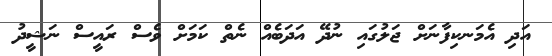
އަދި އެމަނކިފާނަށް ޖަލުގައި ނުދޭ އަދަބެއް ނެތް ކަމަށް ވެސް ރައީސް ނަޝީދު